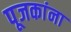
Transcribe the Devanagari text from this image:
पूजकांना